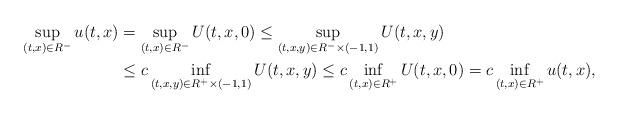
LaTeX: \begin{align*}\sup_{(t,x)\in R^-}u(t,x) &= \sup_{(t,x)\in R^-}U(t,x,0)\leq\sup_{(t,x,y)\in R^-\times(-1,1)}U(t,x,y) \\&\leq c\inf_{(t,x,y)\in R^+\times(-1,1)}U(t,x,y)\leq c\inf_{(t,x)\in R^+}U(t,x,0)=c\inf_{(t,x)\in R^+}u(t,x),\end{align*}